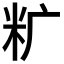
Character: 𰪩